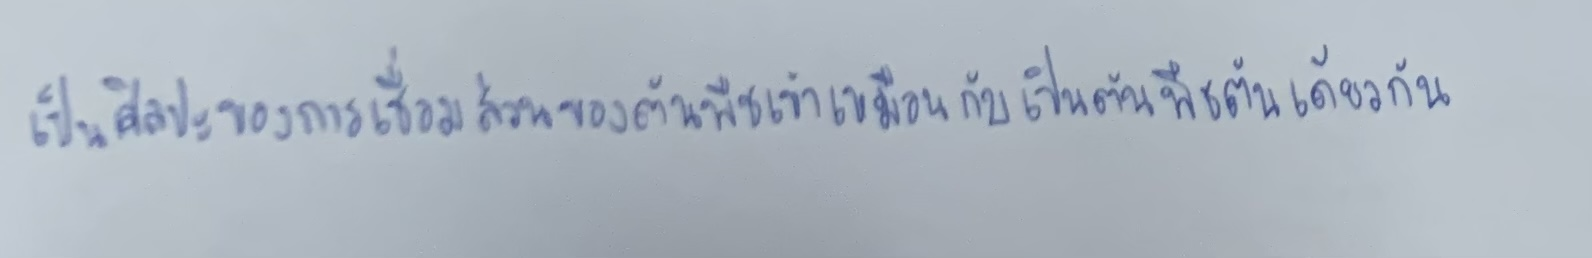
เป็นศิลปะของการเชื่อมส่วนของต้นพืชเข้าเหมือนกับเป็นต้นพืชต้นเดียวกัน